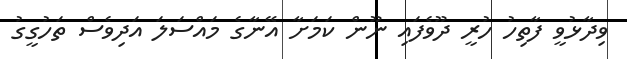
ވިދާޅުވީ ފާތިހު ހުރީ ދޫވެފައި ނޫން ކަމަށާ އޭނާގެ މައްސަލަ އަދިވެސް ތަހުގީގު